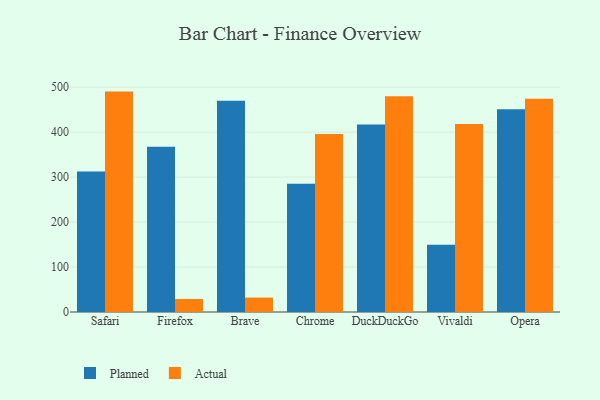
{"axis": {"x": "Browser", "y": "Waste Production (Tons)"}, "legend": ["Actual", "Planned"], "data": [{"x": "Safari", "y": 312.5, "type": "Planned"}, {"x": "Safari", "y": 490.1, "type": "Actual"}, {"x": "Firefox", "y": 367.3, "type": "Planned"}, {"x": "Firefox", "y": 28.9, "type": "Actual"}, {"x": "Brave", "y": 469.6, "type": "Planned"}, {"x": "Brave", "y": 32.1, "type": "Actual"}, {"x": "Chrome", "y": 285.0, "type": "Planned"}, {"x": "Chrome", "y": 395.7, "type": "Actual"}, {"x": "DuckDuckGo", "y": 417.2, "type": "Planned"}, {"x": "DuckDuckGo", "y": 480.0, "type": "Actual"}, {"x": "Vivaldi", "y": 149.4, "type": "Planned"}, {"x": "Vivaldi", "y": 417.9, "type": "Actual"}, {"x": "Opera", "y": 450.8, "type": "Planned"}, {"x": "Opera", "y": 474.0, "type": "Actual"}]}